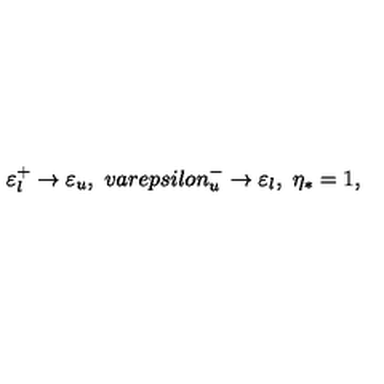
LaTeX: \varepsilon _ { l } ^ { + } \rightarrow \varepsilon _ { u } , \ v a r e p s i l o n _ { u } ^ { - } \rightarrow \varepsilon _ { l } , \ \eta _ { * } = 1 ,